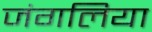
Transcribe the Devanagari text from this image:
जंगलिया